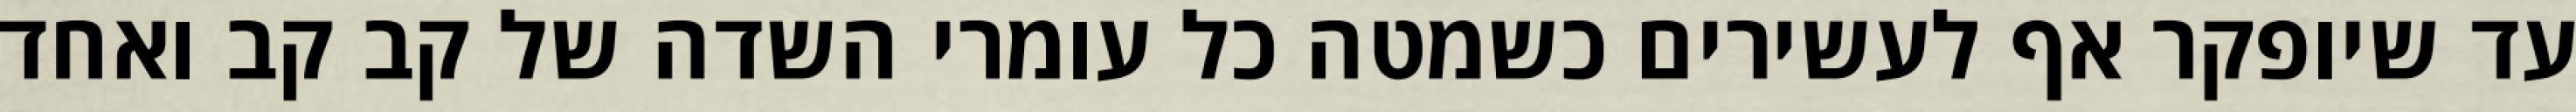
עד שיופקר אף לעשירים כשמטה כל עומרי השדה של קב קב ואחד